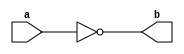
module NotGate(a,b) ;

output b ;
input a ;

nand(b,a,a) ;

endmodule 

module AndGate(a,b,c) ;

output c ;
input a,b ;
wire x ;

nand(x,a,b) ;
nand(c,x,x) ; 

endmodule 

module OrGate(a,b,c) ;

output c ;
input a,b ;
wire x,y ;

nand(x,a,a) ;
nand(y,b,b) ;
nand(c,x,y) ;

endmodule 

module XorGate(a,b,c) ;

output c ; 
input a,b ;
wire a_,b_,x,y ;

NotGate Na(a,a_) ;
NotGate Nb(b,b_) ;
AndGate A1(a,b_,x) ;
AndGate A2(a_,b,y) ;
OrGate O(x,y,c) ;

endmodule 

module XnorGate(a,b,c) ;

output c ;
input a,b ;
wire x ;

XorGate X(a,b,x) ;
NotGate N(x,c) ;

endmodule 

module FullAdder(a,b,c0,s,c) ;

output s,c ;
input a,b,c0 ;
wire c_,x,x_,y,y_ ;

NotGate N(c0,c_) ;
XorGate X1(a,b,x) ;
XnorGate X2(a,b,x_) ;
AndGate A(a,b,y) ;
OrGate O(a,b,y_) ;
AndGate As1(x,c_,s1) ;
AndGate As2(x_,c0,s2) ;
AndGate Ac1(y,c_,c1) ;
AndGate Ac2(y_,c0,c2) ;
OrGate S(s1,s2,s) ;
OrGate C(c1,c2,c) ;

endmodule 

module Add16Bit(a,b,s) ;

output [15:0] s ;
input [15:0] a,b ;
wire [15:0] c ;

FullAdder F0(a[0],b[0],1'b0,s[0],c[0]) ;
FullAdder F1(a[1],b[1],c[0],s[1],c[1]) ;
FullAdder F2(a[2],b[2],c[1],s[2],c[2]) ;
FullAdder F3(a[3],b[3],c[2],s[3],c[3]) ;
FullAdder F4(a[4],b[4],c[3],s[4],c[4]) ;
FullAdder F5(a[5],b[5],c[4],s[5],c[5]) ;
FullAdder F6(a[6],b[6],c[5],s[6],c[6]) ;
FullAdder F7(a[7],b[7],c[6],s[7],c[7]) ;
FullAdder F8(a[8],b[8],c[7],s[8],c[8]) ;
FullAdder F9(a[9],b[9],c[8],s[9],c[9]) ;
FullAdder F10(a[10],b[10],c[9],s[10],c[10]) ;
FullAdder F11(a[11],b[11],c[10],s[11],c[11]) ;
FullAdder F12(a[12],b[12],c[11],s[12],c[12]) ;
FullAdder F13(a[13],b[13],c[12],s[13],c[13]) ;
FullAdder F14(a[14],b[14],c[13],s[14],c[14]) ;
FullAdder F15(a[15],b[15],c[14],s[15],c[15]) ;

endmodule 

module Neg16(a,b) ;

output [15:0] b ;
input [15:0] a ;

NotGate N[15:0](a,b) ;

endmodule

module Mux2x1(a,b,s,o) ;

output o ;
input a,b,s ;
wire s_,x,y ;

NotGate Ns(s,s_) ;
AndGate Aa(s_,a,x) ;
AndGate Ab(s,b,y) ;
OrGate O(x,y,o) ;

endmodule 

module Mux16b2x1(a,b,s,o) ;

output [15:0] o ;
input [15:0] a,b ;
input s ;

Mux2x1 M[15:0](a,b,s,o) ;

endmodule 

module AndGate16w1(a,b,c) ;

output [15:0] c ;
input [15:0] a ;
input b ; 

AndGate A[15:0](a,b,c) ;

endmodule 

module XorGate16w1(a,b,c) ;

output [15:0] c ;
input [15:0] a ;
input b ;

XorGate X[15:0](a,b,c) ;

endmodule

module AndGate16(a,b,c) ;

output [15:0] c ;
input [15:0] a,b ;

AndGate A[15:0](a,b,c) ;

endmodule 

module Nor16In(a,o) ;

output o ;
input [15:0] a ;
wire [14:0] x ;

OrGate O1(a[0],a[1],x[0]) ;
OrGate O2(a[2],a[3],x[1]) ;
OrGate O3(a[4],a[5],x[2]) ;
OrGate O4(a[6],a[7],x[3]) ;
OrGate O5(a[8],a[9],x[4]) ;
OrGate O6(a[10],a[11],x[5]) ;
OrGate O7(a[12],a[13],x[6]) ;
OrGate O8(a[14],a[15],x[7]) ;
OrGate O9(x[0],x[1],x[8]) ;
OrGate O10(x[2],x[3],x[9]) ;
OrGate O11(x[4],x[5],x[10]) ;
OrGate O12(x[6],x[7],x[11]) ;
OrGate O13(x[9],x[8],x[12]) ;
OrGate O14(x[11],x[10],x[13]) ;
OrGate O15(x[13],x[12],x[14]) ;

NotGate N(x[14],o) ;

endmodule 

module ALU(x,y,zx,nx,zy,ny,f,no,zr,ng,o) ;

output [15:0] o ;
output zr,ng ;
input [15:0] x,y ;
input zx,nx,zy,ny,f,no ;
wire [15:0] xz,yz,xn,yn,sm,an,to ;
wire zx_,zy_ ;

NotGate Nnx(zx,zx_) ;
NotGate Nny(zy,zy_) ;

AndGate16w1 Zx(x,zx_,xz) ;
AndGate16w1 Zy(y,zy_,yz) ;

XorGate16w1 Nx(xz,nx,xn) ;
XorGate16w1 Ny(yz,ny,yn) ;

Add16Bit Asm(xn,yn,sm) ;
AndGate16 Aan(xn,yn,an) ;
Mux16b2x1 Fout(an,sm,f,to) ;

XorGate16w1 No(to,no,o) ;

AndGate Ang(o[15],o[15],ng) ;
Nor16In Nzr(o,zr) ;

endmodule